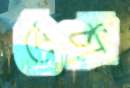
বেঠা